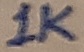
Text: 1K